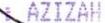
: AZIZAH